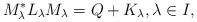
LaTeX: \begin{align*}M^\ast_\lambda L_\lambda M_\lambda= Q+K_\lambda,\lambda\in I,\end{align*}